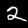
Digit: 2